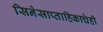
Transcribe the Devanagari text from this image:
सिनेसाप्ताहिकाचेही